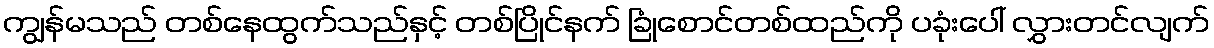
ကျွန်မသည် တစ်နေထွက်သည်နှင့် တစ်ပြိုင်နက် ခြုံစောင်တစ်ထည်ကို ပခုံးပေါ် လွှားတင်လျက်